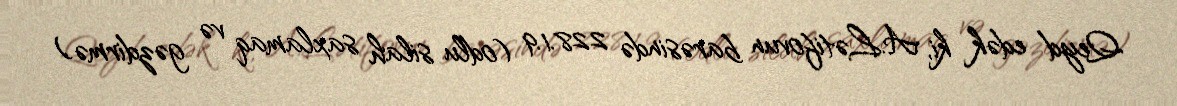
Qeyd edək ki, A.Lətifovun barəsində 228.1.9 (odlu silah saxlamaq və gəzdirmə)